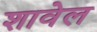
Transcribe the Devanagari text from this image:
शावेल